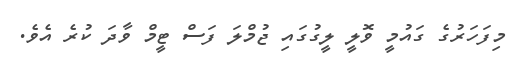
މިފަހަރުގެ ގައުމީ ވޮލީ ލީގުގައި ޖުމްލަ ފަސް ޓީމް ވާދަ ކުރެ އެވެ.